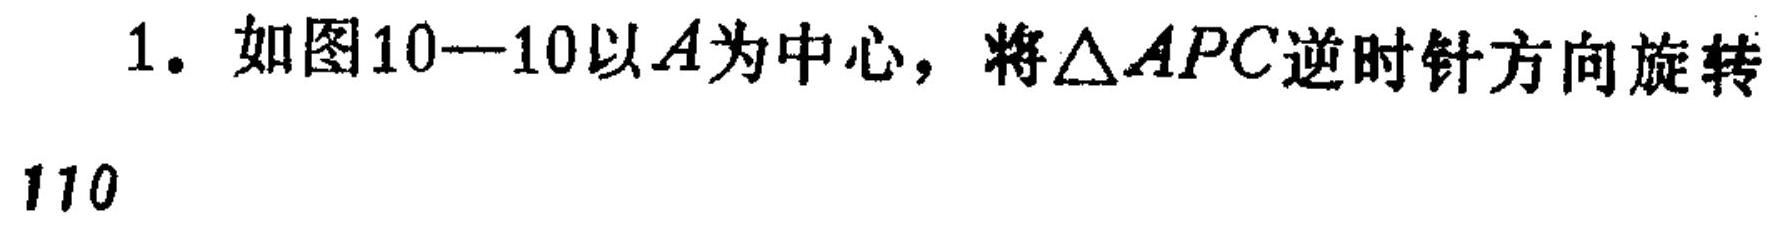
1. 如图10—10以\(A\)为中心，将\(\triangle APC\)逆时针方向旋转
110